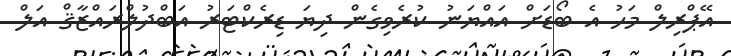
އޭޕްރިލް މަހު އެ ބޯޑަށް އައްޔަނު ކުރެވިގެން ދިޔަ ޑިރެކްޓަރު އަބްދުލްރައްޒާޤް އަލް